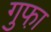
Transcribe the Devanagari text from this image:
गुफा़